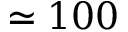
\simeq 1 0 0